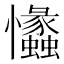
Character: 𢥾